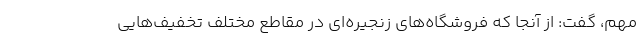
مهم، گفت: از آنجا که فروشگاه‌های زنجیره‌ای در مقاطع مختلف تخفیف‌هایی